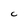
Character: C